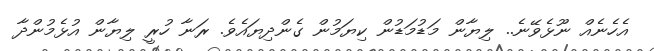
އެހެނެއް ނޫޅެވޭނެ.. ލިޔާން މަޑުމަޑުން ކިޔަމުން ގެންދިޔައެވެ. ރަނާ ހުރީ ލިޔާން އުޅެމުންދާ